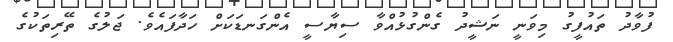
ފުވާދު ތައުފީގު މިވަނީ ނަޝީދު ގެންގުޅުއްވާ ސިޔާސީ އެންގަނޑަކަށް ހަދާފައެވެ. ޖަލުގެ ތޭރިތަކުގެ